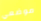
موضعي